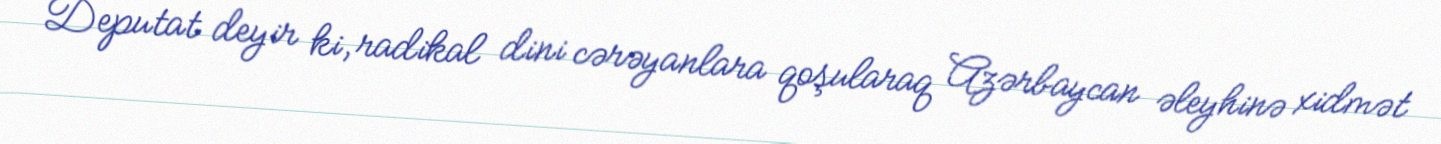
Deputat deyir ki, radikal dini cərəyanlara qoşularaq Azərbaycan əleyhinə xidmət